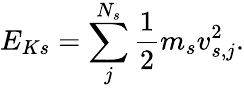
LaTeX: E_{Ks}=\sum_{j}^{N_{s}}\frac{1}{2}m_{s}v_{s,j}^{2}.